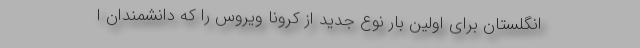
انگلستان برای اولین بار نوع جدید از کرونا ویروس را که دانشمندان ا